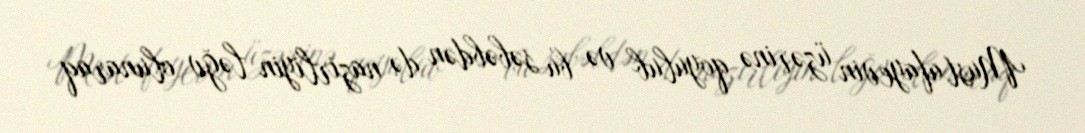
Mustafayevin üzərinə qoyulub və bu səbəbdən də nazirliyin ləğv olunaraq